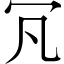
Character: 𠕵